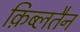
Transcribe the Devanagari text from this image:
क़िब्लतैन